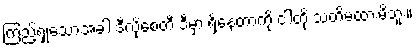
ကြည့်ရှုသောအခါ ဒီလိုစေတီ ဒီမှာ ရှိနေတာကို ငါတို့ သတိမထားမိဘူး။